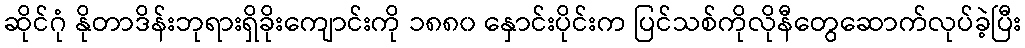
ဆိုင်ဂုံ နိုတာဒိန်းဘုရားရှိခိုးကျောင်းကို ၁၈၈၀ နှောင်းပိုင်းက ပြင်သစ်ကိုလိုနီတွေဆောက်လုပ်ခဲ့ပြီး